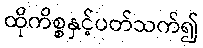
ထိုကိစ္စနှင့်ပတ်သက်၍